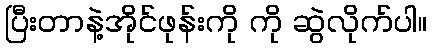
ပြီးတာနဲ့အိုင်ဖုန်းကို ကို ဆွဲလိုက်ပါ။